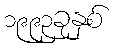
၁၉၉၃ခုနှစ်